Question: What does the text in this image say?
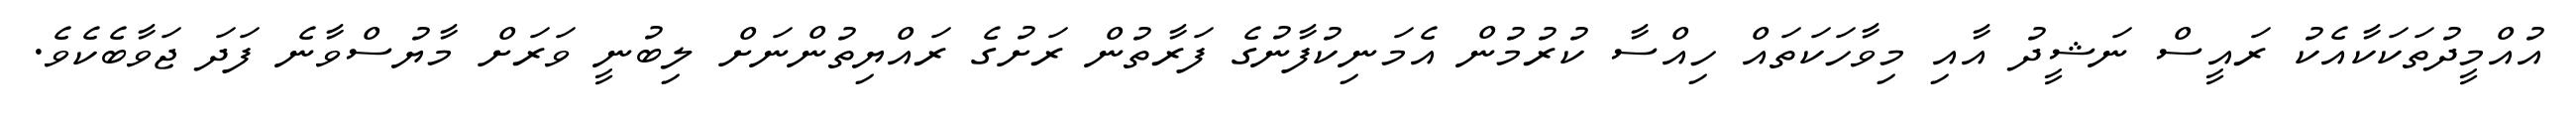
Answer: އުއްމީދުތަކަކާއެކު ރައީސް ނަޝީދު އާއި މިވާހަކަތައް ހިއްސާ ކުރުމުން އެމަނިކުފާނުގެ ފަރާތުން ރަށުގެ ރައްޔިތުންނަށް ލިބުނީ ވަރަށް މާޔުސްވާނެ ފަދަ ޖަވާބެކެވެ.